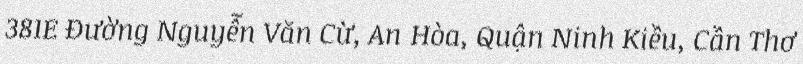
381E Đường Nguyễn Văn Cừ, An Hòa, Quận Ninh Kiều, Cần Thơ